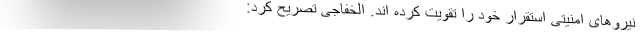
نیروهای امنیتی استقرار خود را تقویت کرده اند. الخفاجی تصریح کرد: